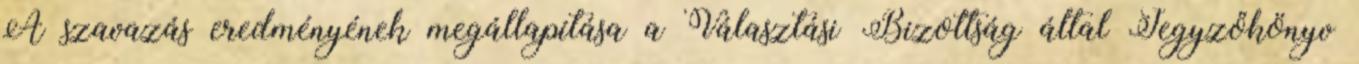
A szavazás eredményének megállapítása a Választási Bizottság által Jegyzőkönyv